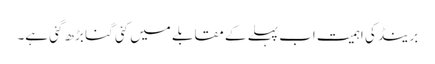
برینڈ کی اہمیت اب پہلے کے مقابلے میں کئی گنا بڑھ گئی ہے۔